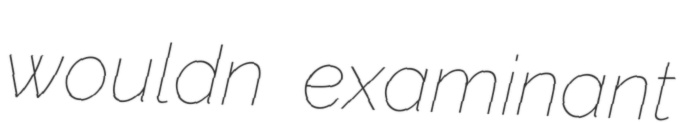
wouldn examinant